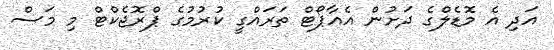
އަދި އެ މޮޑެލްގެ ދަށުން އެއާޕޯޓް ތަރައްގީ ކުރުމުގެ ޕްރޮޖެކްޓް މި މަސް